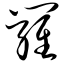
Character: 箩